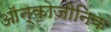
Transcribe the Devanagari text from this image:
ऑन्कोजीनिक